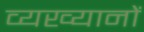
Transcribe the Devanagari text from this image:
व्यख्यानों